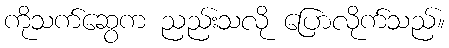
ကိုသက်ဆွေက ညည်းသလို ပြောလိုက်သည်။